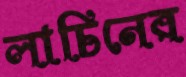
লাচিনের